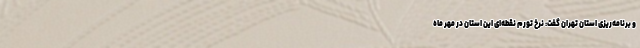
و برنامه‌ریزی استان تهران گفت: نرخ تورم نقطه‌ای این استان در مهر ماه